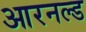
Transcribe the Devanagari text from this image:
आरनल्‍ड